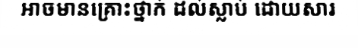
អាចមានគ្រោះថ្នាក់ ដល់ស្លាប់ ដោយសារ